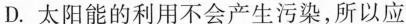
D.太阳能的利用不会产生污染，所以应